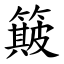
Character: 簸